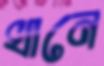
খানে